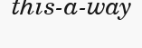
this-a-way